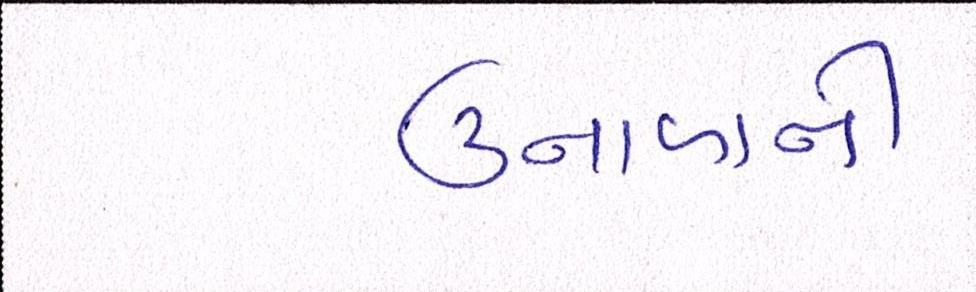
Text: ઉનાળાની